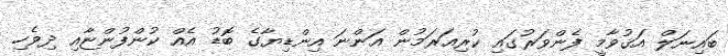
ބައިނަލް އަޤުވާމީ ފެންވަރުގައި ކުރިއަރަމުން އަންނަ އިންޑިޔާގެ ބޮޑު އެއް ކުންފުންޏާއި ދިވެހި